Leaving Certificate Examination, 1905
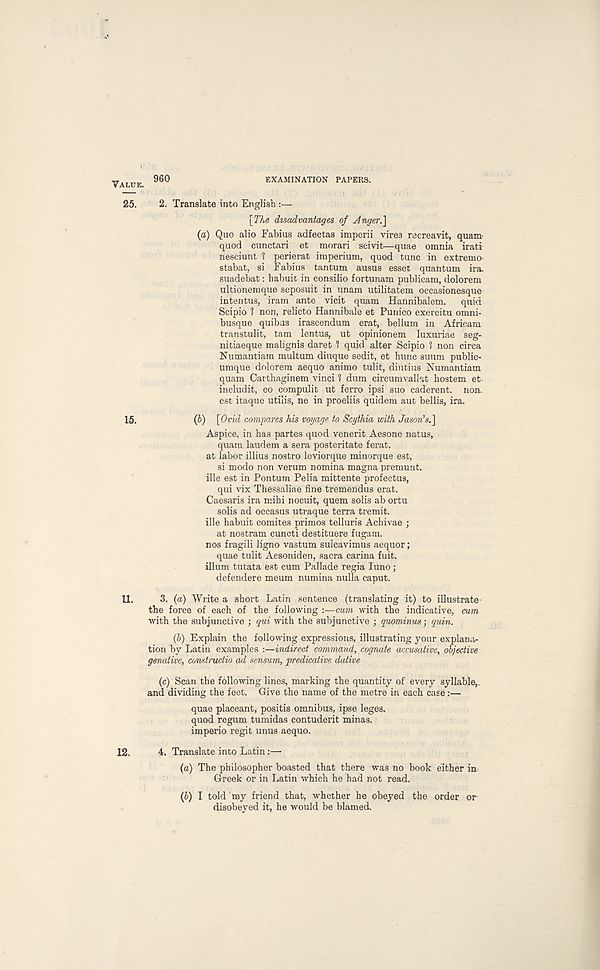
VALUE.
960
EXAMINATION PAPERS.
25.
2. Translate into English :—
\The disadvantages of Jnger.]
(a) Quo alio Fabius adfectas imperii vires reereavit, quam
quod cunctari et morari scivit—quae omnia irati
nesciunt 1 perierat imperium, quod tunc in extremo
stabat, si Fabius tan turn ausus esset quantum ira,
suadebat: habuit in consilio fortunam publicam, dolorem
ultionemque seposuit in unam utilitatem occasionesque
intentus, iram ante vicit quam Hannibalem.
quid
Scipio ? non, relicto Hannibale et Punico exercitu omni-
busque quibus irascendum erat, bellum in Africam
transtulit, tam lentus, ut opinionem luxuriae seg-
nitiaeque malignis dareb 1 quid alter Scipio 1 non circa
Numantiam multum diuque sedit, et hunc suum public-
umque dolorera aequo animo tulit, diutius Numantiam
quam Carthaginem vinci 1 dum circumvalbt hostem et
includit, eo compulit ut ferro ipsi suo caderent. non.
est itaque utilis, ne in proeliis quidem aut bellis, ira.
15.
(b) [Ovid compares his voyage to Scythia with Jason's.]
Aspice, in has partes quod venerit Aesone natus,
quam laudem a sera posteritate ferat.
at labor illius nostro leviorque minorque est,
si modo non verum nomina magna premunt.
ille est in Pontum Pelia mittente profectus,
qui vix Thessaliae fine tremendus erat.
Caesaris ira mihi nocuit, quern solis ab ortu
solis ad occasus utraque terra tremit.
ille habuit comites primos telluris Achivae ;
at nostram cuncti destituere fugam.
nos fragili ligno vastum suicavimus aequor;
quae tulit Aesoniden, sacra carina fuit.
ilium tutata est cum Pallade regia luno;
defendere meum numina nulla caput.
11.
3. (a) Write a short Latin sentence (translating it) to illustrate-
the force of each of the following :—cum with the indicative, cum
with the subjunctive ; qui with the subjunctive ; quominus; quin.
(6) Explain the following expressions, illustrating your explana-
tion by Latin examples :—indirect command, cognate accusative, objective
genative, constructio ad sensum, predicative dative
(c) Scan the following lines, marking the quantity of every syllable,,
and dividing the feet. Give the name of the metre in each case:—
quae placeant, positis omnibus, ipse leges,
quod regum tumidas contuderit minas.
imperio regit unus aequo.
12.
4. Translate into Latin:—
(а) The philosopher boasted that there was no book either in-
Greek or in Latin which he had not read.
(б) I told my friend that, whether he obeyed the order or
disobeyed it, he would be blamed.